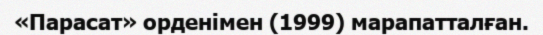
«Парасат» орденімен (1999) марапатталған.